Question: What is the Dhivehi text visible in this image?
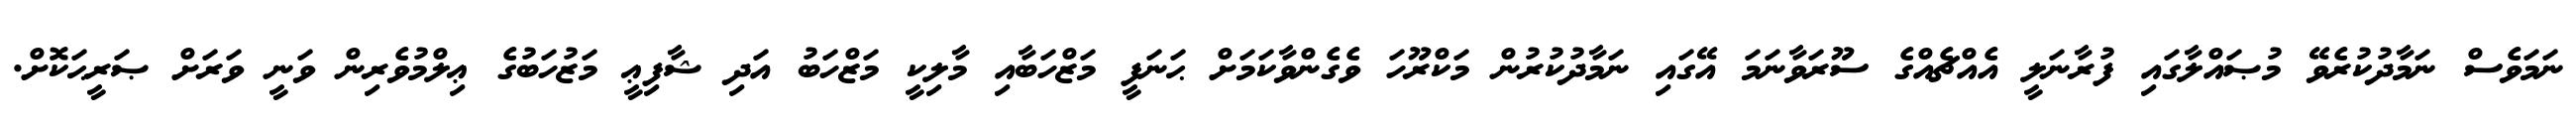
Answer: ނަމަވެސް ނަމާދުކުރެވޭ މުޞައްލާގައި ފުރާނަލީ އެއްޗެއްގެ ސޫރަވާނަމަ އޭގައި ނަމާދުކުރުން މަކްރޫހަ ވެގެންވާކަމަށް ޙަނަފީ މަޒްހަބާއި މާލިކީ މަޒްހަބު އަދި ޝާފިޢީ މަޒުހަބުގެ ޢިލްމުވެރިން ވަނީ ވަރަށް ޞަރީޙަކޮށް.